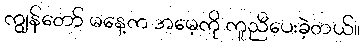
ကျွန်တော် မနေ့က အမေ့ကို ကူညီပေးခဲ့တယ်။